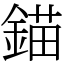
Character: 錨